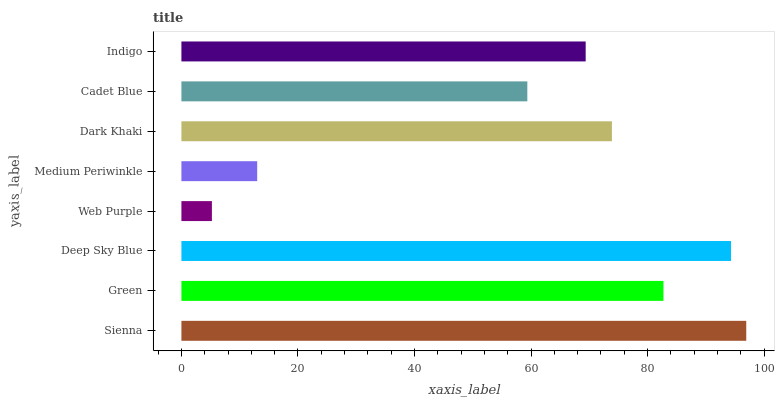
| yaxis_label | bars |
 | --- | --- |
 | Sienna | 96.9 |
 | Green | 82.7 |
 | Deep Sky Blue | 94.3 |
 | Web Purple | 5.23 |
 | Medium Periwinkle | 13 |
 | Dark Khaki | 73.9 |
 | Cadet Blue | 59.4 |
 | Indigo | 69.4 |